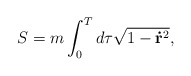
\begin{align*}S=m\int_0^Td\tau \sqrt{1-\mathbf{\dot{r}}^2}, \end{align*}